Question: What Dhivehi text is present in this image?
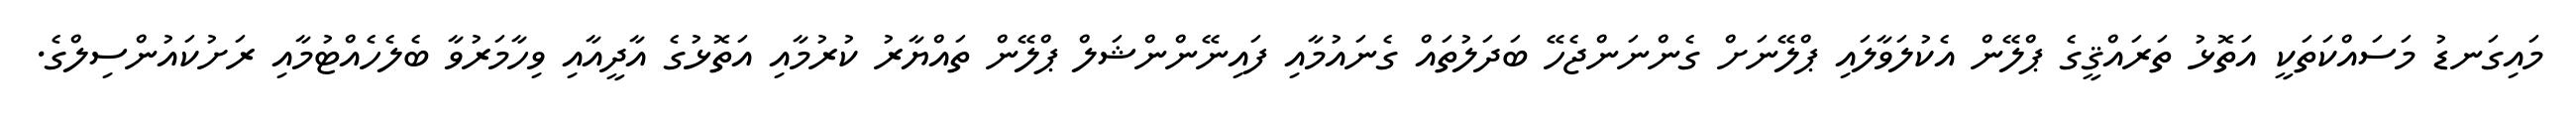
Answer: މައިގަނޑު މަސައްކަތަކީ އަތޮޅު ތަރައްޤީގެ ޕްލޭން އެކުލަވާލައި ޕްލޭނަށް ގެންނަންޖެހޭ ބަދަލުތައް ގެނައުމާއި ފައިނޭންންޝަލް ޕްލޭން ތައްޔާރު ކުރުމާއި އަތޮޅުގެ އާދީއާއި ވިހާމަރުވާ ބެލެހެއްޓުމާއި ރަށުކައުންސިލްގެ.